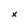
Character: x